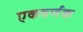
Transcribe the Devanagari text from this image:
एकवर्णक